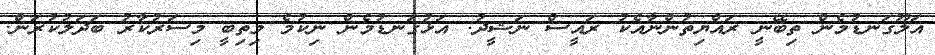
އަލޫގަނޑުމެން ތިބޭނީ ރައްޔިތުންނާއެކު ރައީސް ނަޝީދު: އަޅުގަނޑުމެން ނިކުމެ މިތިބީ މިސަރުކާރު ބަދަލުކުރަން.